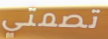
تصمتي